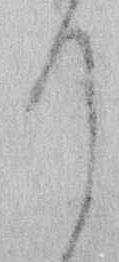
て